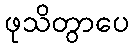
ဖုသိတွာပေ